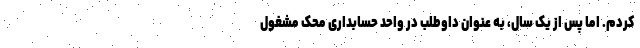
کردم. اما پس از یک سال، به عنوان داوطلب در واحد حسابداری محک مشغول